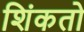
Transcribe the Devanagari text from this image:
शिंकतो